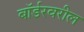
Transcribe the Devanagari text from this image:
बॉर्डरवरील